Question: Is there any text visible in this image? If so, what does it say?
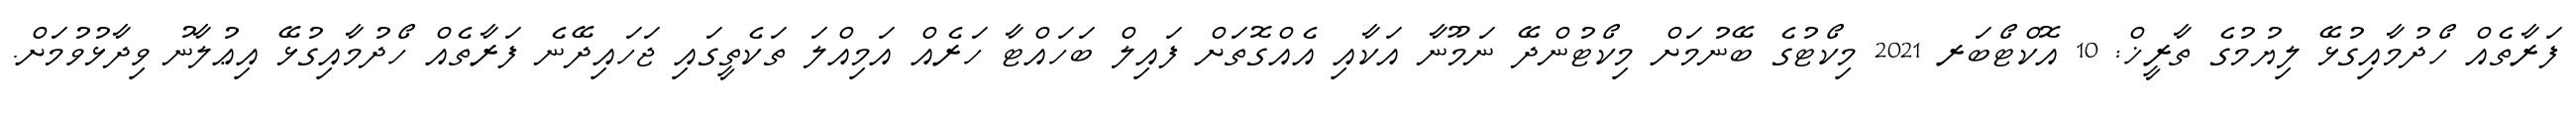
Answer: ފަރާތެއް ހޯދުމާއިގުޅޭ ލިޔުމުގެ ތާރީޚް: 10 އޮކްޓޯބަރ 2021 މިކޯޓުގެ ބޭނުމަށް މިކޯޓުންދޭ ނަމޫނާ އަކާއި އެއްގޮތަށް ފައިލް ބަހައްޓާ ހަރެއް އަމިއްލަ ތަކެތީގައި ޖަހައިދޭނެ ފަރާތެއް ހޯދުމާއިގުޅޭ އިޢުލާނު ވިދާޅުވުމަށް.